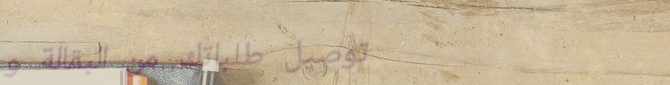
توصيل طلباتك من البقالة و